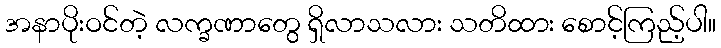
အနာပိုးဝင်တဲ့ လက္ခဏာတွေ ရှိလာသလား သတိထား စောင့်ကြည့်ပါ။